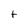
Character: t